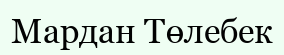
Мардан Төлебек